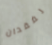
لفقدان